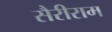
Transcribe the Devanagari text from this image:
सैरीराम